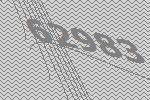
62983